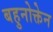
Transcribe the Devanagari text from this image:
बहुनोक्तेन